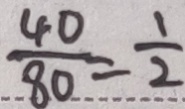
\frac { 4 0 } { 8 0 } = \frac { 1 } { 2 }